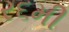
ર૬મી